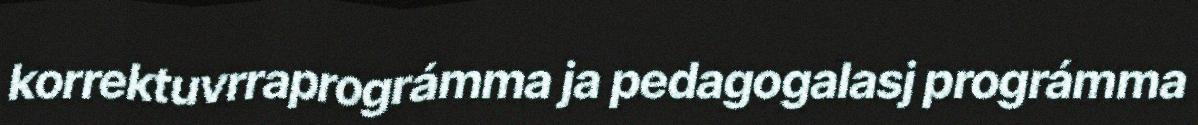
korrektuvrraprográmma ja pedagogalasj prográmma